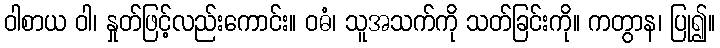
ဝါစာယ ဝါ၊ နှုတ်ဖြင့်လည်းကောင်း။ ဝဓံ၊ သူအသက်ကို သတ်ခြင်းကို။ ကတွာန၊ ပြု၍။